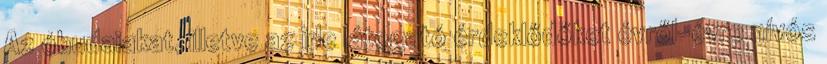
Az óbudaiakat, illetve az ide látogató érdeklődőket évről-évre nívós